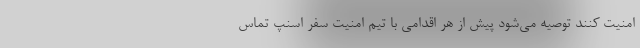
امنیت کنند توصیه می‌شود پیش از هر اقدامی با تیم امنیت سفر اسنپ تماس